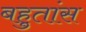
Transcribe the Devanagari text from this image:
बहुतांस